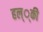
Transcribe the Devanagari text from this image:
हल््की